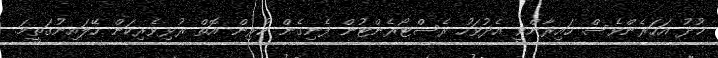
ޚުދު އަހަރެންވެސް ހައިރާންވީ އެދުވަހު ރެސްޓޯރެންޓުން ފެނިގެން ކުރިން އޮތް ރުޅިވެރިކަން ހޭލައިނުގަތީމަ.